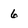
Character: 6